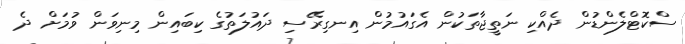
ސްކޮޓްލެންޑުން ދެއްކި ނަތީޖާތަކުން އެގައުމުން އިނގިރޭސި ދައުލަތުގެ ކިބައިން މިނިވަން ވުމަށް ދެ